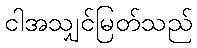
ငါအသျှင်မြတ်သည်